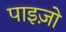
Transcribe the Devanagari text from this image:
पाइज़ो